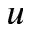
u